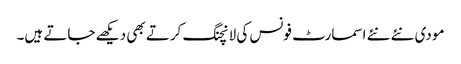
مودی نئے نئے اسمارٹ فونس کی لانچنگ کرتے بھی دیکھے جاتے ہیں۔